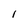
Character: 1